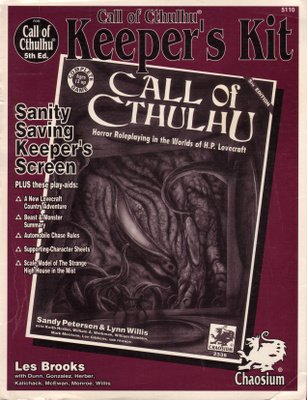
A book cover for Call of Cthulhu: Keeper's Kit, 5th Edition; Les Brooks; Science Fiction & Fantasy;